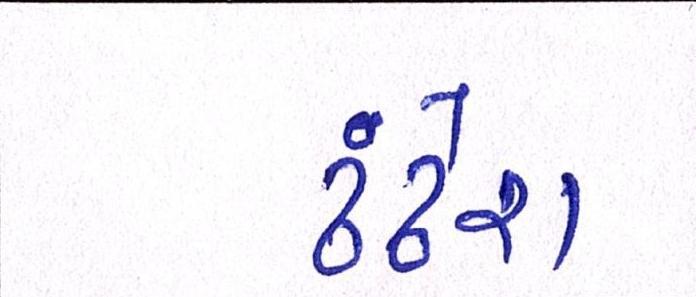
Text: ઢંઢેરા